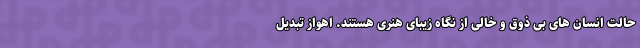
حالت انسان های بی ذوق و خالی از نگاه زیبای هنری هستند. اهواز تبدیل